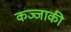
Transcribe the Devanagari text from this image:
कज्जाकी